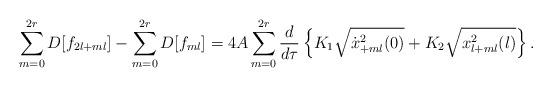
LaTeX: \begin{align*}\sum_{m=0}^{2r}D[f_{2l+ml}]-\sum_{m=0}^{2r}D[f_{ml}]= 4A \sum_{m=0}^{2r}\frac{d}{d \tau}\left\{K_1 \sqrt{\dot x^2_{+ml}(0)}+K_2 \sqrt{x^2_{l+ml}(l)}\right\}.\end{align*}